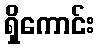
ရှိကောင်း